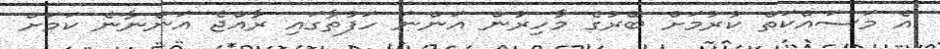
އެ މަަސައްކަތް ކުރުމަށް ބޭރުގެ މާހިރުން އަންނަ ހަފުތާގައި ރާއްޖެ އަންނާނެ ކަމަށް